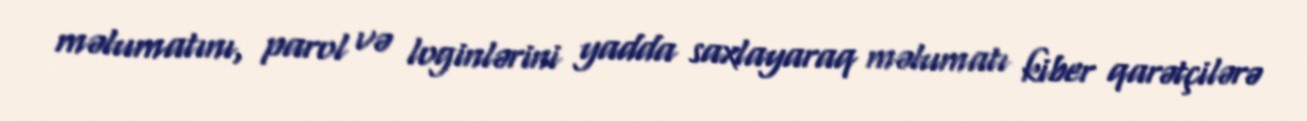
məlumatını, parol və loginlərini yadda saxlayaraq məlumatı kiber qarətçilərə